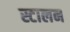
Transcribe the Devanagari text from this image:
स्टालन